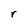
Character: r